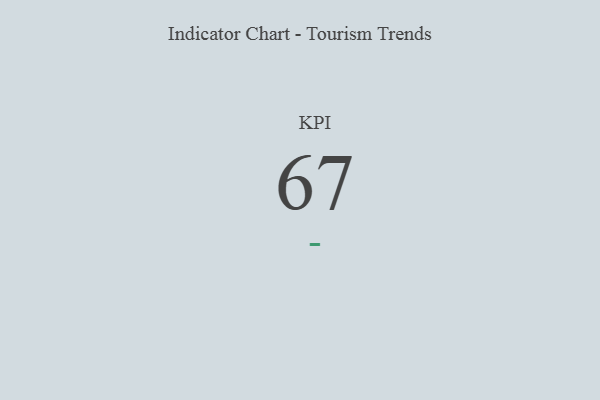
{"axis": {"x": "KPI", "y": "Value"}, "legend": [""], "data": [{"x": "KPI", "y": 67, "type": ""}]}